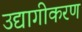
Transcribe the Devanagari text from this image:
उद्यागीकरण